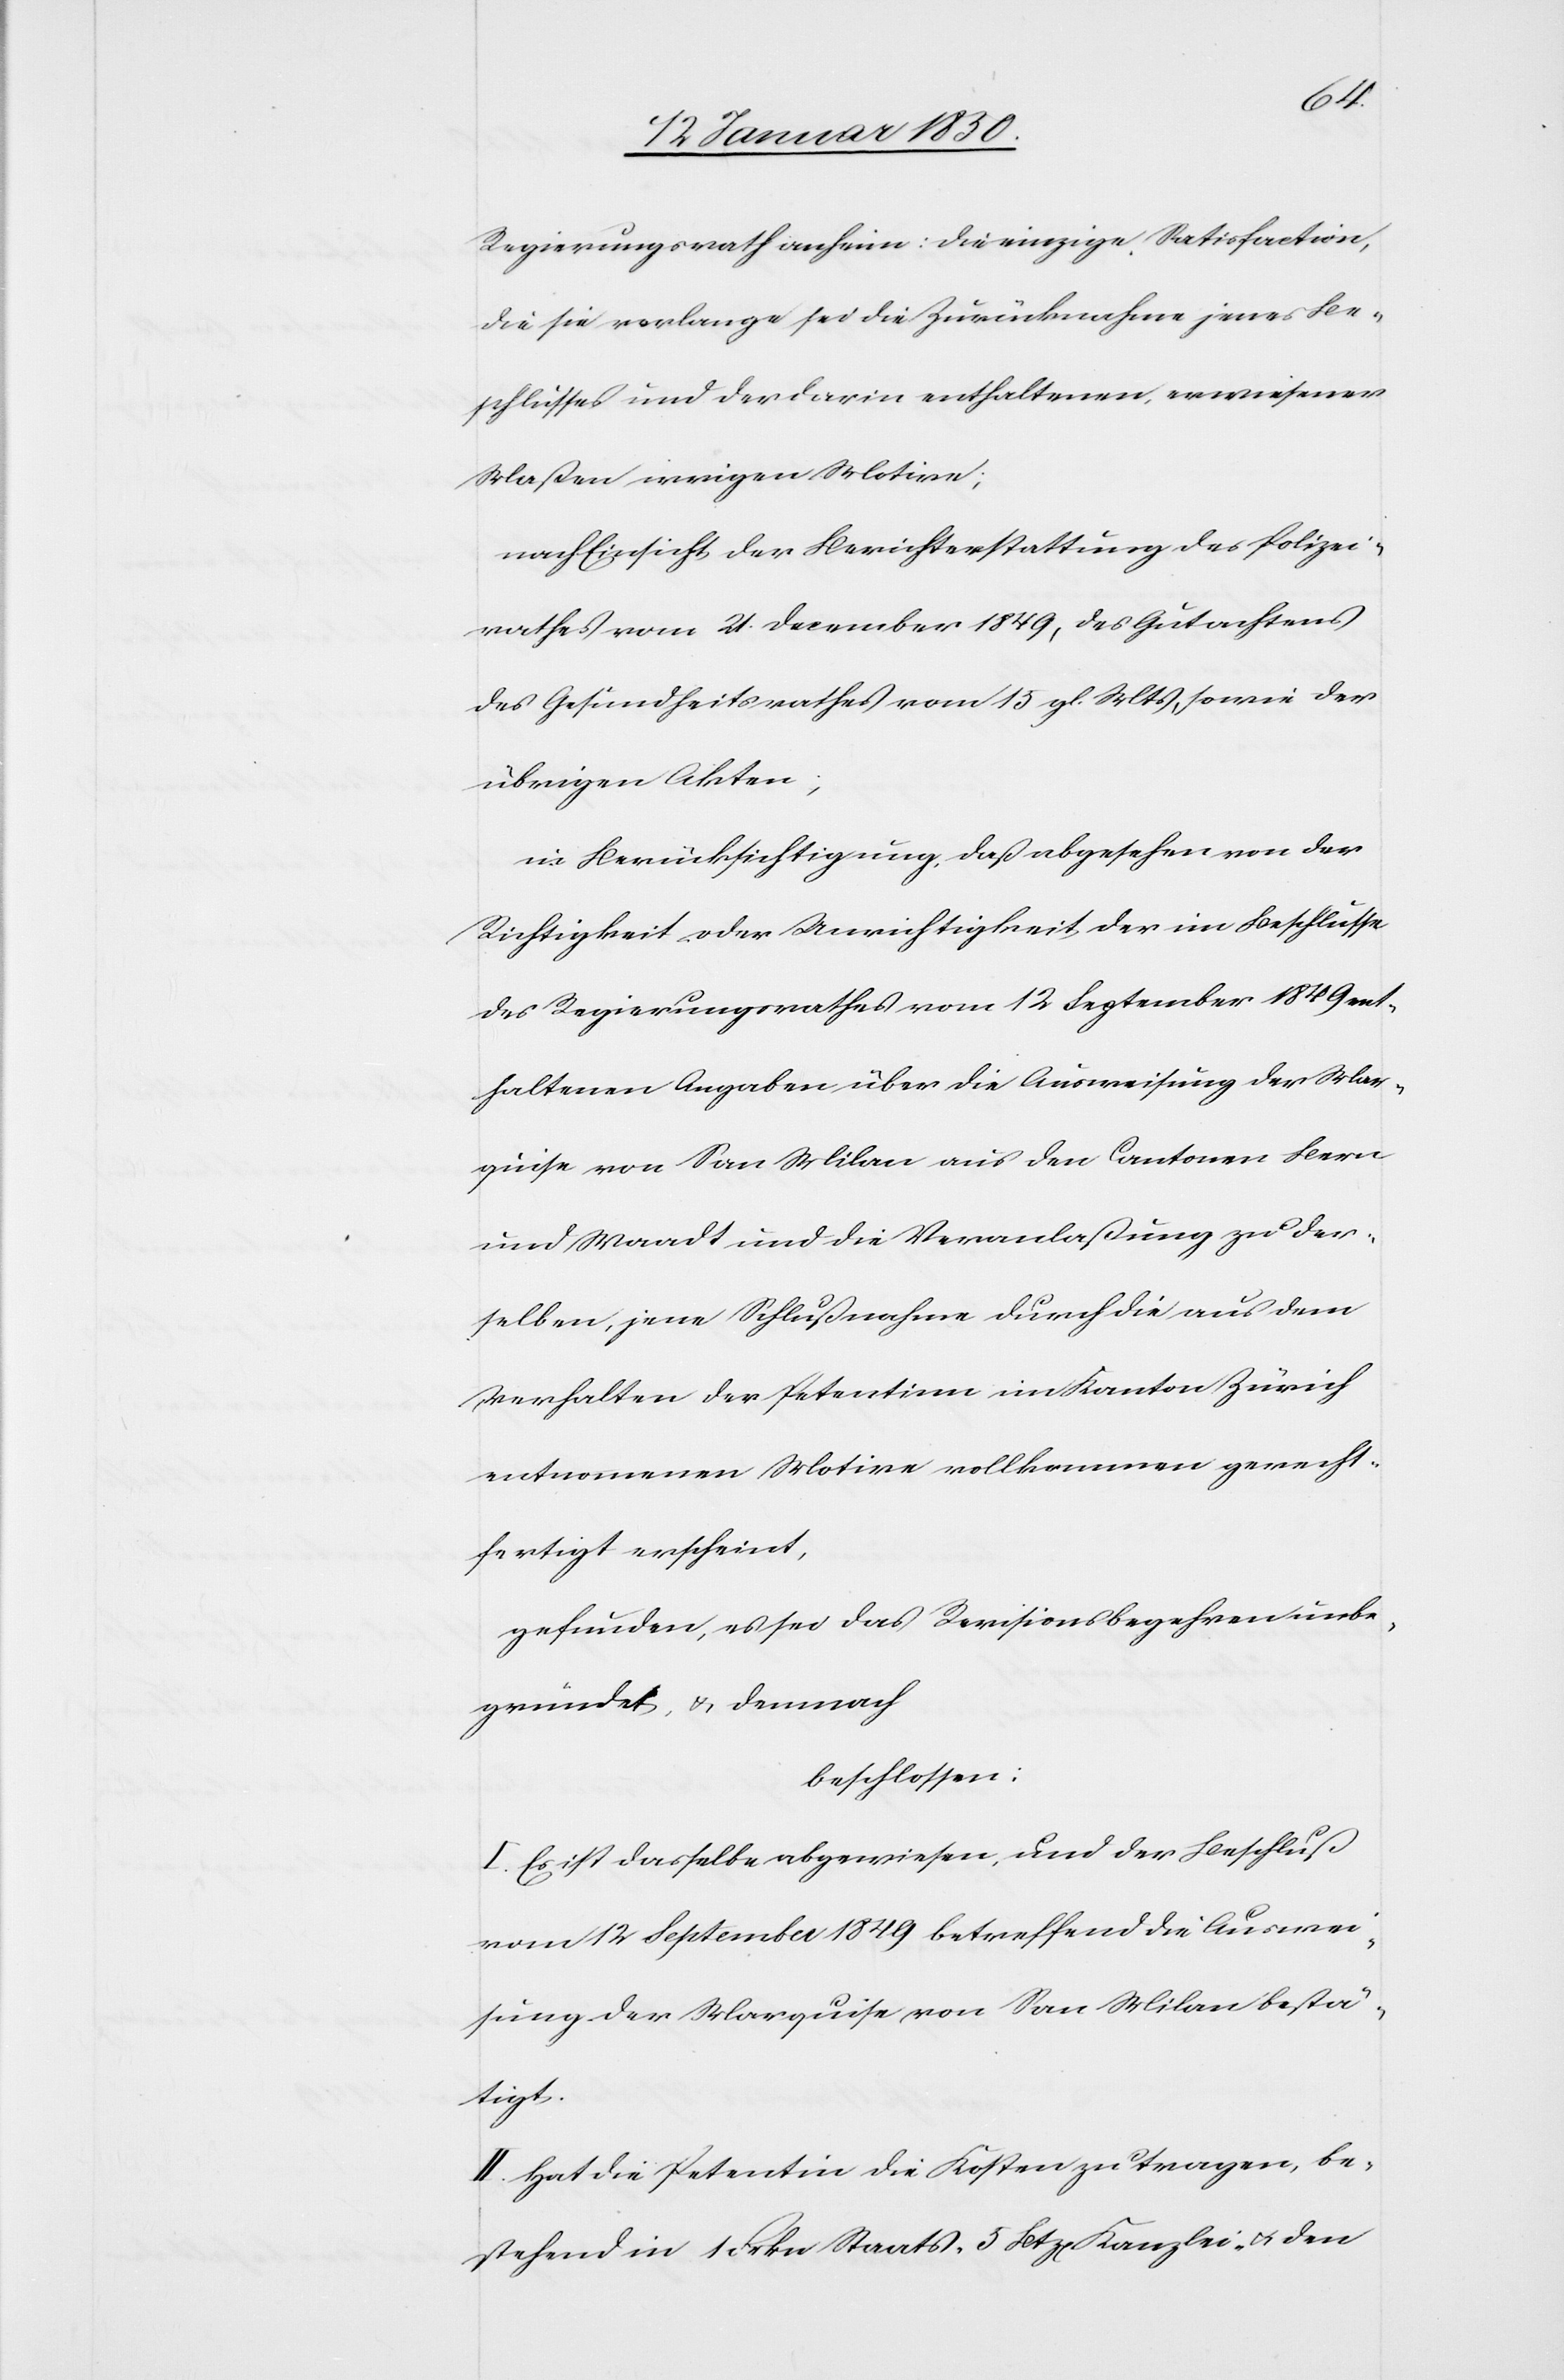
Regierungsrath anheim: die einzige Satisfaction,
die sie verlange sei die Zurücknahme jenes Be¬
schlusses und der darin enthaltenen, erwiesener
Maßen irrigen Motive;
nach Einsicht der Berichterstattung des Polizei¬
rathes vom 21 December 1849, des Gutachtens
des Gesundheitsrathes vom 15 gl. Mts, sowie der
übrigen Akten;
in Berücksichtigung, daß abgesehen von der
Richtigkeit oder Unrichtigkeit der im Beschlusse
des Regierungsrathes vom 12 September 1849 ent¬
haltenen Angaben über die Ausweisung der Mar¬
quise von San Milan aus den Cantonen Bern
und Waadt und die Veranlaßung zu der¬
selben, jene Schlußnahme durch die aus dem
Verhalten der Petentinn im Kanton Zürich
entnommenen Motive vollkommen gerecht¬
fertigt erscheint,
gefunden, es sei das Revisionsbegehren unbe¬
gründet, u. demnach
beschlossen:
I. Es ist dasselbe abgewiesen, und der Beschluß
vom 12 September 1849 betreffend die Auswei¬
sung der Marquise von San Milan bestä¬
tigt.
II. Hat die Petentin die Kosten zu tragen, be¬
stehend in 1 Frkn Staats- 5 Btz[en] Kanzlei- u. den